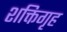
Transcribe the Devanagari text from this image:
शक्तिगृह